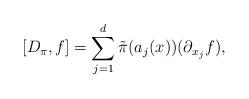
LaTeX: \begin{align*}[D_{\pi},f] = \sum_{j=1}^d \tilde{\pi}(a_j (x)) (\partial_{x_j}f) ,\end{align*}